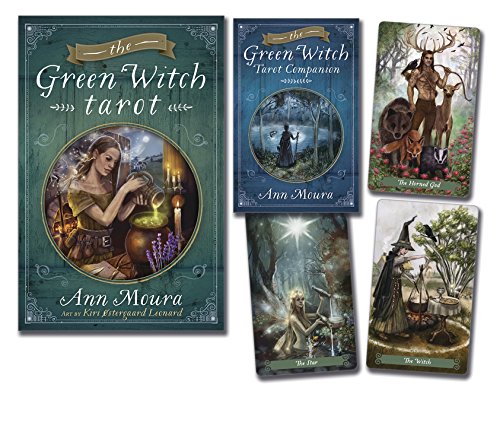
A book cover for The Green Witch Tarot; Ann Moura; Religion & Spirituality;